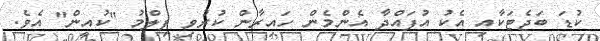
ކުޑަ ބަޖެޓަކާއި އެކު އުފައްދާ އެންމެން ހައިރާން ކުރުވި ފިލްމު "ކުއީން" އެވެ.